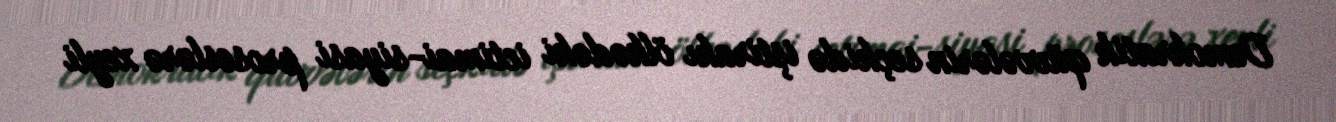
Demokratik qüvvələrin seçkidə iştirakı ölkədəki ictimai-siyasi proseslərə xeyli